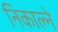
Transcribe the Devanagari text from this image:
निकाल्ने